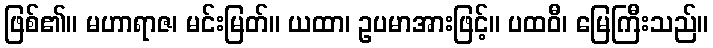
ဖြစ်၏။ မဟာရာဇ၊ မင်းမြတ်။ ယထာ၊ ဥပမာအားဖြင့်။ ပထဝီ၊ မြေကြီးသည်။